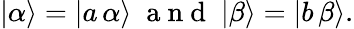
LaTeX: \begin{array}{r}{|\alpha\rangle=|a\, \alpha\rangle\; \mathrm{~a~n~d~}\; |\beta\rangle=|b\, \beta\rangle.}\end{array}